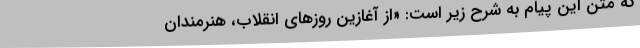
که متن این پیام به شرح زیر است: «از آغازین روزهای انقلاب، هنرمندان